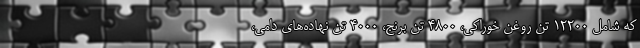
که شامل ۱۲۲۰۰ تن روغن خوراکی، ۴۸۰۰ تن برنج، ۴۰۰۰ تن نهاده‌های دامی،